Vaccination in Bombay 1924-1928 - 1924-1928
Year: 1924
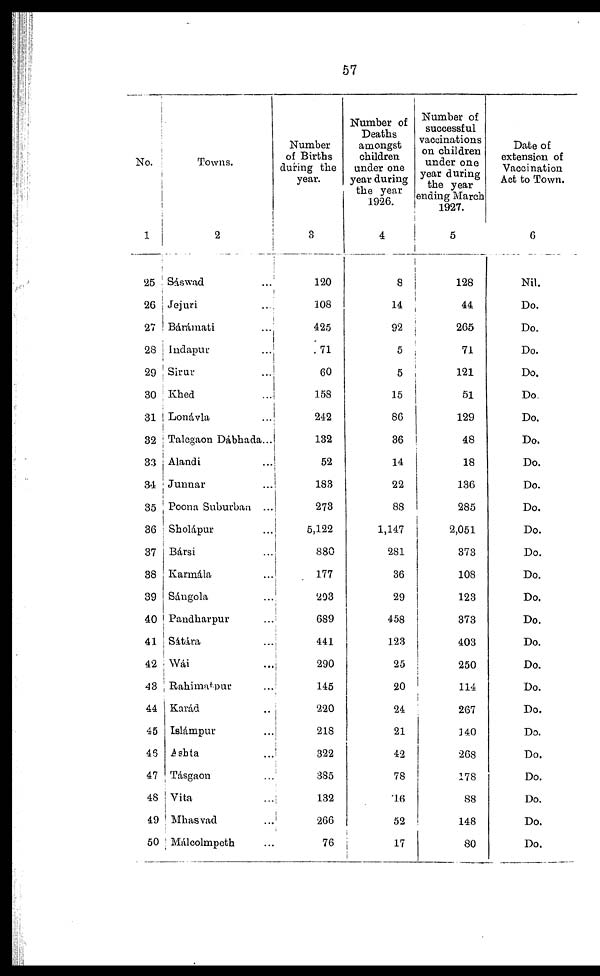
57
No.
1
25
26
27
28
29
30
31
32
33
31
35
36
37
38
39
40
41
42
43
44
45
46
47
48
49
50
Towns.
2
Sáswad ...
Jejuri ...
Bárámati ...
Indapur ...
Sirur ...
Khed ...
Lonavla ...
Talegaon Dábhada...
Alandi
Junnar ...
Poona Suburban ..
Sholápur ...
Bársi ...
Karmála ...
Sángola ...
Pandharpur ...
Sátára ...
Wái ...
Rahimatpur ...
Karád ...
Islámpur ...
Ashta ...
Tásgaon ...
Vita ...
Mhasvad ...
Málcolmpeth ...
Number
of Births
during the
year.
3
120
108
425
71
60
158
242
132
52
183
273
5,122
880
177
203
689
441
290
145
220
218
322
385
132
266
76
Number of
Deaths
amongst
children
under one
year during
the year
1926.
4
8
14
92
5
5
15
86
36
14
22
88
1,147
281
36
29
458
123
25
20
24
21
42
78
16
52
17
Number of
successful
vaccinations
on children
under one
year during
the year
ending March
1927.
5
128
44
265
71
121
51
129
48
18
136
285
2,051
373
108
123
373
403
250
114
267
140
268
178
88
148
80
Date of
extension of
Vaccination
Act to Town.
6
Nil.
Do.
Do.
Do.
Do.
Do.
Do.
Do.
Do.
Do.
Do.
Do.
Do.
Do.
Do.
Do.
Do.
Do.
Do.
Do.
Do.
Do.
Do.
Do.
Do.
Do.